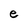
Character: e